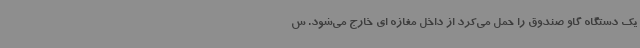
یک دستگاه گاو صندوق را حمل می‌کرد از داخل مغازه ای خارج می‌شود. س